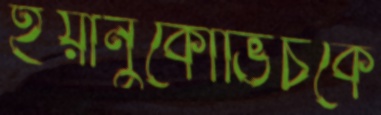
ইয়ানুকোভিচকে